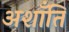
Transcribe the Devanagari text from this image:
अशाँति